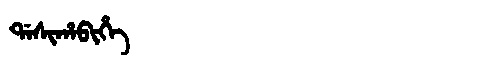
Manchu: ᡩᠠᠰᡳᡥᠠᠪᡳᡥᡝ
Romanization: DASIHABIHE